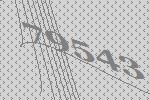
79543